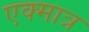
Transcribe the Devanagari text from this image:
एक्मात्र